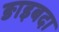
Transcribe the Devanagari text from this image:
ङाइबदा